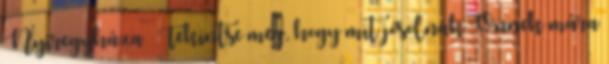
Nyíregyháza – Tekintse meg, hogy mit jósolnak Önnek mára